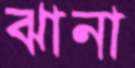
ঝানা